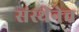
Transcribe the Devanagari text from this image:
संस्थेनेच